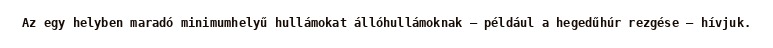
Az egy helyben maradó minimumhelyű hullámokat állóhullámoknak – például a hegedűhúr rezgése – hívjuk.